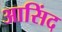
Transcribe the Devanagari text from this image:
आसिंद